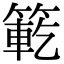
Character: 𮅯